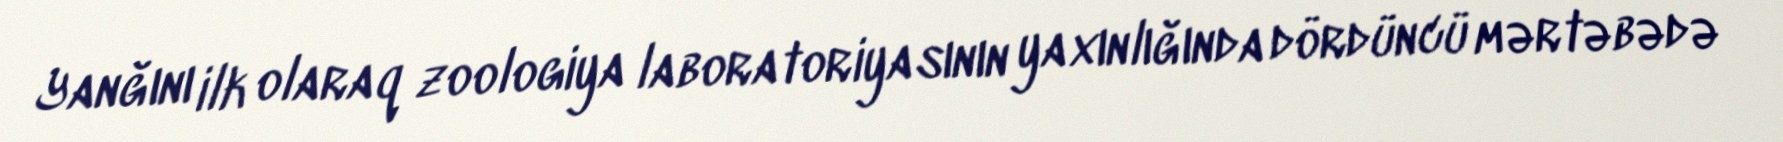
Yanğını ilk olaraq zoologiya laboratoriyasının yaxınlığında dördüncü mərtəbədə